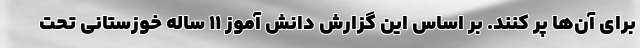
برای آن‌ها پر کنند. بر اساس این گزارش دانش آموز ۱۱ ساله خوزستانی تحت